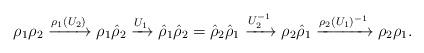
LaTeX: \begin{align*}\rho_1\rho_2\xrightarrow{\rho_1(U_2)}\rho_1\hat\rho_2\xrightarrow{U_1}\hat\rho_1\hat\rho_2=\hat\rho_2\hat\rho_1\xrightarrow{U_2^{-1}}\rho_2\hat\rho_1\xrightarrow{\rho_2(U_1)^{-1}}\rho_2\rho_1.\end{align*}